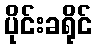
ပိုင်းခရိုင်